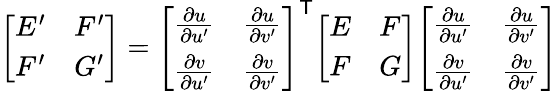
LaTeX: {\left[\begin{array}{ll}{E^{\prime}}&{F^{\prime}}\\ {F^{\prime}}&{G^{\prime}}\end{array}\right]}={\left[\begin{array}{ll}{{\frac{\partial u}{\partial u^{\prime}}}}&{{\frac{\partial u}{\partial v^{\prime}}}}\\ {{\frac{\partial v}{\partial u^{\prime}}}}&{{\frac{\partial v}{\partial v^{\prime}}}}\end{array}\right]}^{\mathsf{T}}{\left[\begin{array}{ll}{E}&{F}\\ {F}&{G}\end{array}\right]}{\left[\begin{array}{ll}{{\frac{\partial u}{\partial u^{\prime}}}}&{{\frac{\partial u}{\partial v^{\prime}}}}\\ {{\frac{\partial v}{\partial u^{\prime}}}}&{{\frac{\partial v}{\partial v^{\prime}}}}\end{array}\right]}